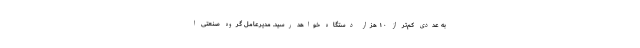
به عددی کم‌تر از ۱۰ هزار دستگاه خواهد رسید. مدیرعامل گروه صنعتی ا